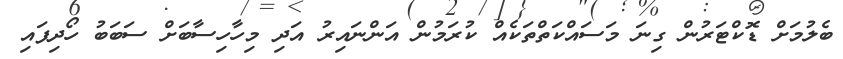
ބެލުމަށް ޑޮކްޓަރުން ގިނަ މަސައްކަތްތަކެއް ކުރަމުން އަންނައިރު އަދި މިހާހިސާބަށް ސަބަބު ހޯދިފައި